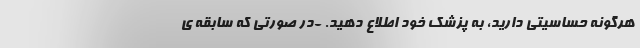
هرگونه حساسیتی دارید، به پزشک خود اطلاع دهید. -در صورتی که سابقه ی